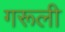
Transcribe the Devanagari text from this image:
गरूली